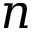
n